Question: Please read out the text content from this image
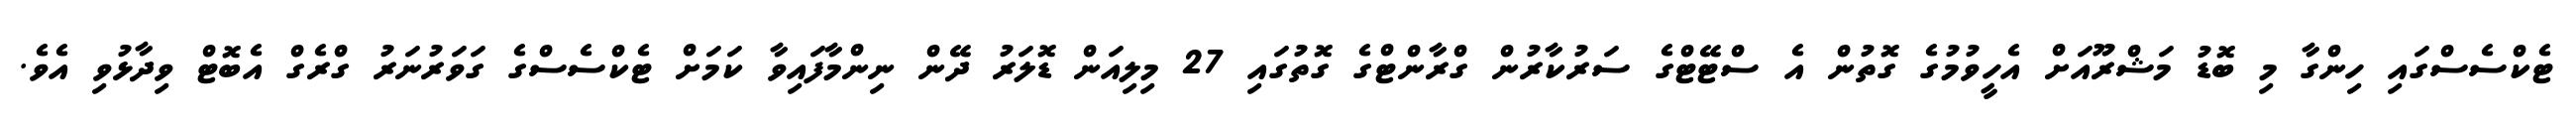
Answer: ޓެކްސެސްގައި ހިންގާ މި ބޮޑު މަޝްރޫއަށް އެހީވުމުގެ ގޮތުން އެ ސްޓޭޓްގެ ސަރުކާރުން ގްރާންޓްގެ ގޮތުގައި 27 މިލިއަން ޑޮލަރު ދޭން ނިންމާފައިވާ ކަމަށް ޓެކްސެސްގެ ގަވަރުނަރު ގްރެގް އެބޮޓް ވިދާޅުވި އެވެ.